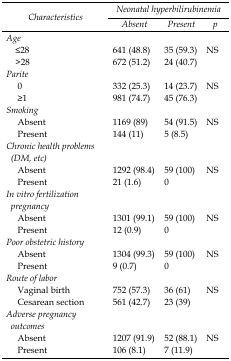
<table><thead><tr><td rowspan="3"><b><i>Characteristics</i></b></td><td colspan="3"><b><i>Neonatal hyperbilirubinemia</i></b></td></tr><tr><td><b><i>Absent</i></b></td><td><b><i>Present</i></b></td><td><b><i>p</i></b></td></tr></thead><tbody><tr><td colspan="4"><b><i>Age</i></b></td></tr><tr><td> ≤28</td><td>641 (48.8)</td><td>35 (59.3)</td><td rowspan="2">NS</td></tr><tr><td> &gt;28</td><td>672 (51.2)</td><td>24 (40.7)</td></tr><tr><td colspan="4"><b><i>Parite</i></b></td></tr><tr><td> 0</td><td>332 (25.3)</td><td>14 (23.7)</td><td rowspan="2">NS</td></tr><tr><td> ≥1</td><td>981 (74.7)</td><td>45 (76.3)</td></tr><tr><td colspan="4"><b><i>Smoking</i></b></td></tr><tr><td> Absent</td><td>1169 (89)</td><td>54 (91.5)</td><td rowspan="2">NS</td></tr><tr><td> Present</td><td>144 (11)</td><td>5 (8.5)</td></tr><tr><td colspan="4"><b><i>Chronic health problems (DM, etc)</i></b></td></tr><tr><td> Absent</td><td>1292 (98.4)</td><td>59 (100)</td><td>NS</td></tr><tr><td> Present</td><td>21 (1.6)</td><td>0</td></tr><tr><td colspan="4"><b><i>In vitro fertilization pregnancy</i></b></td></tr><tr><td> Absent</td><td>1301 (99.1)</td><td>59 (100)</td><td rowspan="2">NS</td></tr><tr><td> Present</td><td>12 (0.9)</td><td>0</td></tr><tr><td colspan="4"><b><i>Poor obstetric history</i></b></td></tr><tr><td> Absent</td><td>1304 (99.3)</td><td>59 (100)</td><td>NS</td></tr><tr><td> Present</td><td>9 (0.7)</td><td>0</td></tr><tr><td colspan="4"><b><i>Route of labor</i></b></td></tr><tr><td> Vaginal birth</td><td>752 (57.3)</td><td>36 (61)</td><td rowspan="2">NS</td></tr><tr><td> Cesarean section</td><td>561 (42.7)</td><td>23 (39)</td></tr><tr><td colspan="4"><b><i>Adverse pregnancy outcomes</i></b></td></tr><tr><td> Absent</td><td>1207 (91.9)</td><td>52 (88.1)</td><td rowspan="2">NS</td></tr><tr><td> Present</td><td>106 (8.1)</td><td>7 (11.9)</td></tr></tbody></table>